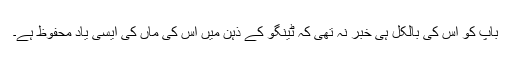
باپ کو اس کی بالکل ہی خبر نہ تھی کہ ٹینگو کے ذہن میں اس کی ماں کی ایسی یاد محفوظ ہے۔